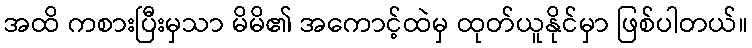
အထိ ကစားပြီးမှသာ မိမိ၏ အကောင့်ထဲမှ ထုတ်ယူနိုင်မှာ ဖြစ်ပါတယ်။